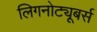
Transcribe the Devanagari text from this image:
लिगनोट्यूबर्स